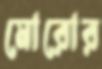
মোরোর